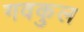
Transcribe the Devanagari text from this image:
गवकुल